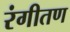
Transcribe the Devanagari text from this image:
रंगीतण